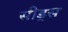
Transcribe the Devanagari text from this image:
सीड्‌स